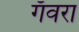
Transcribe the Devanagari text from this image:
गँवरा